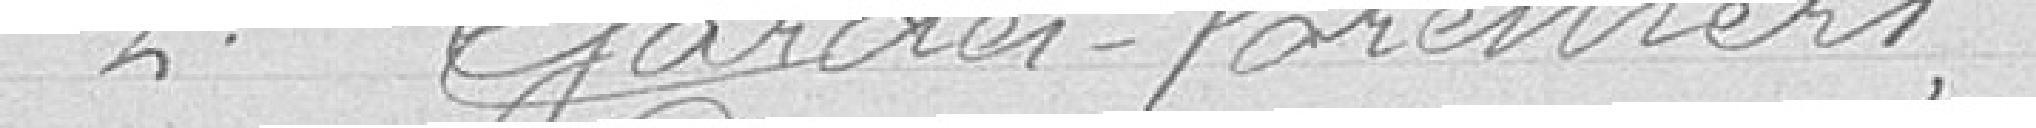
2° Gardes-forestiers